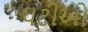
પટીઓ